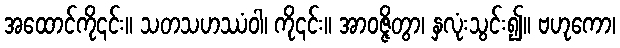
အထောင်ကို၎င်း။ သတသဟဿံဝါ၊ ကို၎င်း။ အာဝဇ္ဇိတွာ၊ နှလုံးသွင်း၍။ ဗဟုကော၊